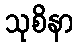
သုစိနာ